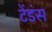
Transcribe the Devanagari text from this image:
टेंडंस